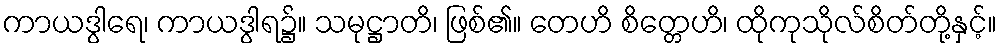
ကာယဒွါရေ၊ ကာယဒွါရ၌။ သမုဋ္ဌာတိ၊ ဖြစ်၏။ တေဟိ စိတ္တေဟိ၊ ထိုကုသိုလ်စိတ်တို့နှင့်။